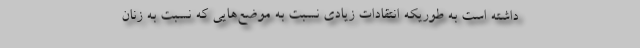
داشته است به طوریکه انتقادات زیادی نسبت به موضع‌هایی که نسبت به زنان